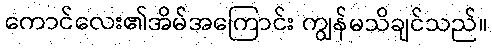
ကောင်လေး၏အိမ်အကြောင်း ကျွန်မသိချင်သည်။